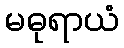
မဓုရာယံ